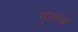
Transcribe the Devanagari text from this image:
गृहांचे